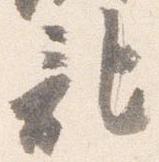
記